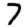
Digit: 7